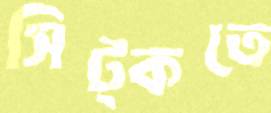
সিট্‌কতে